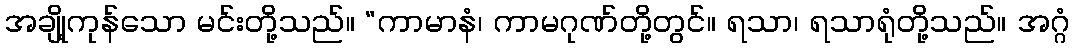
အချို့ကုန်သော မင်းတို့သည်။ “ကာမာနံ၊ ကာမဂုဏ်တို့တွင်။ ရသာ၊ ရသာရုံတို့သည်။ အဂ္ဂံ